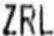
ZRL